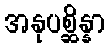
အနုပစ္ဆိန္နာ